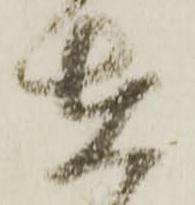
在